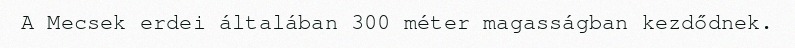
A Mecsek erdei általában 300 méter magasságban kezdődnek.